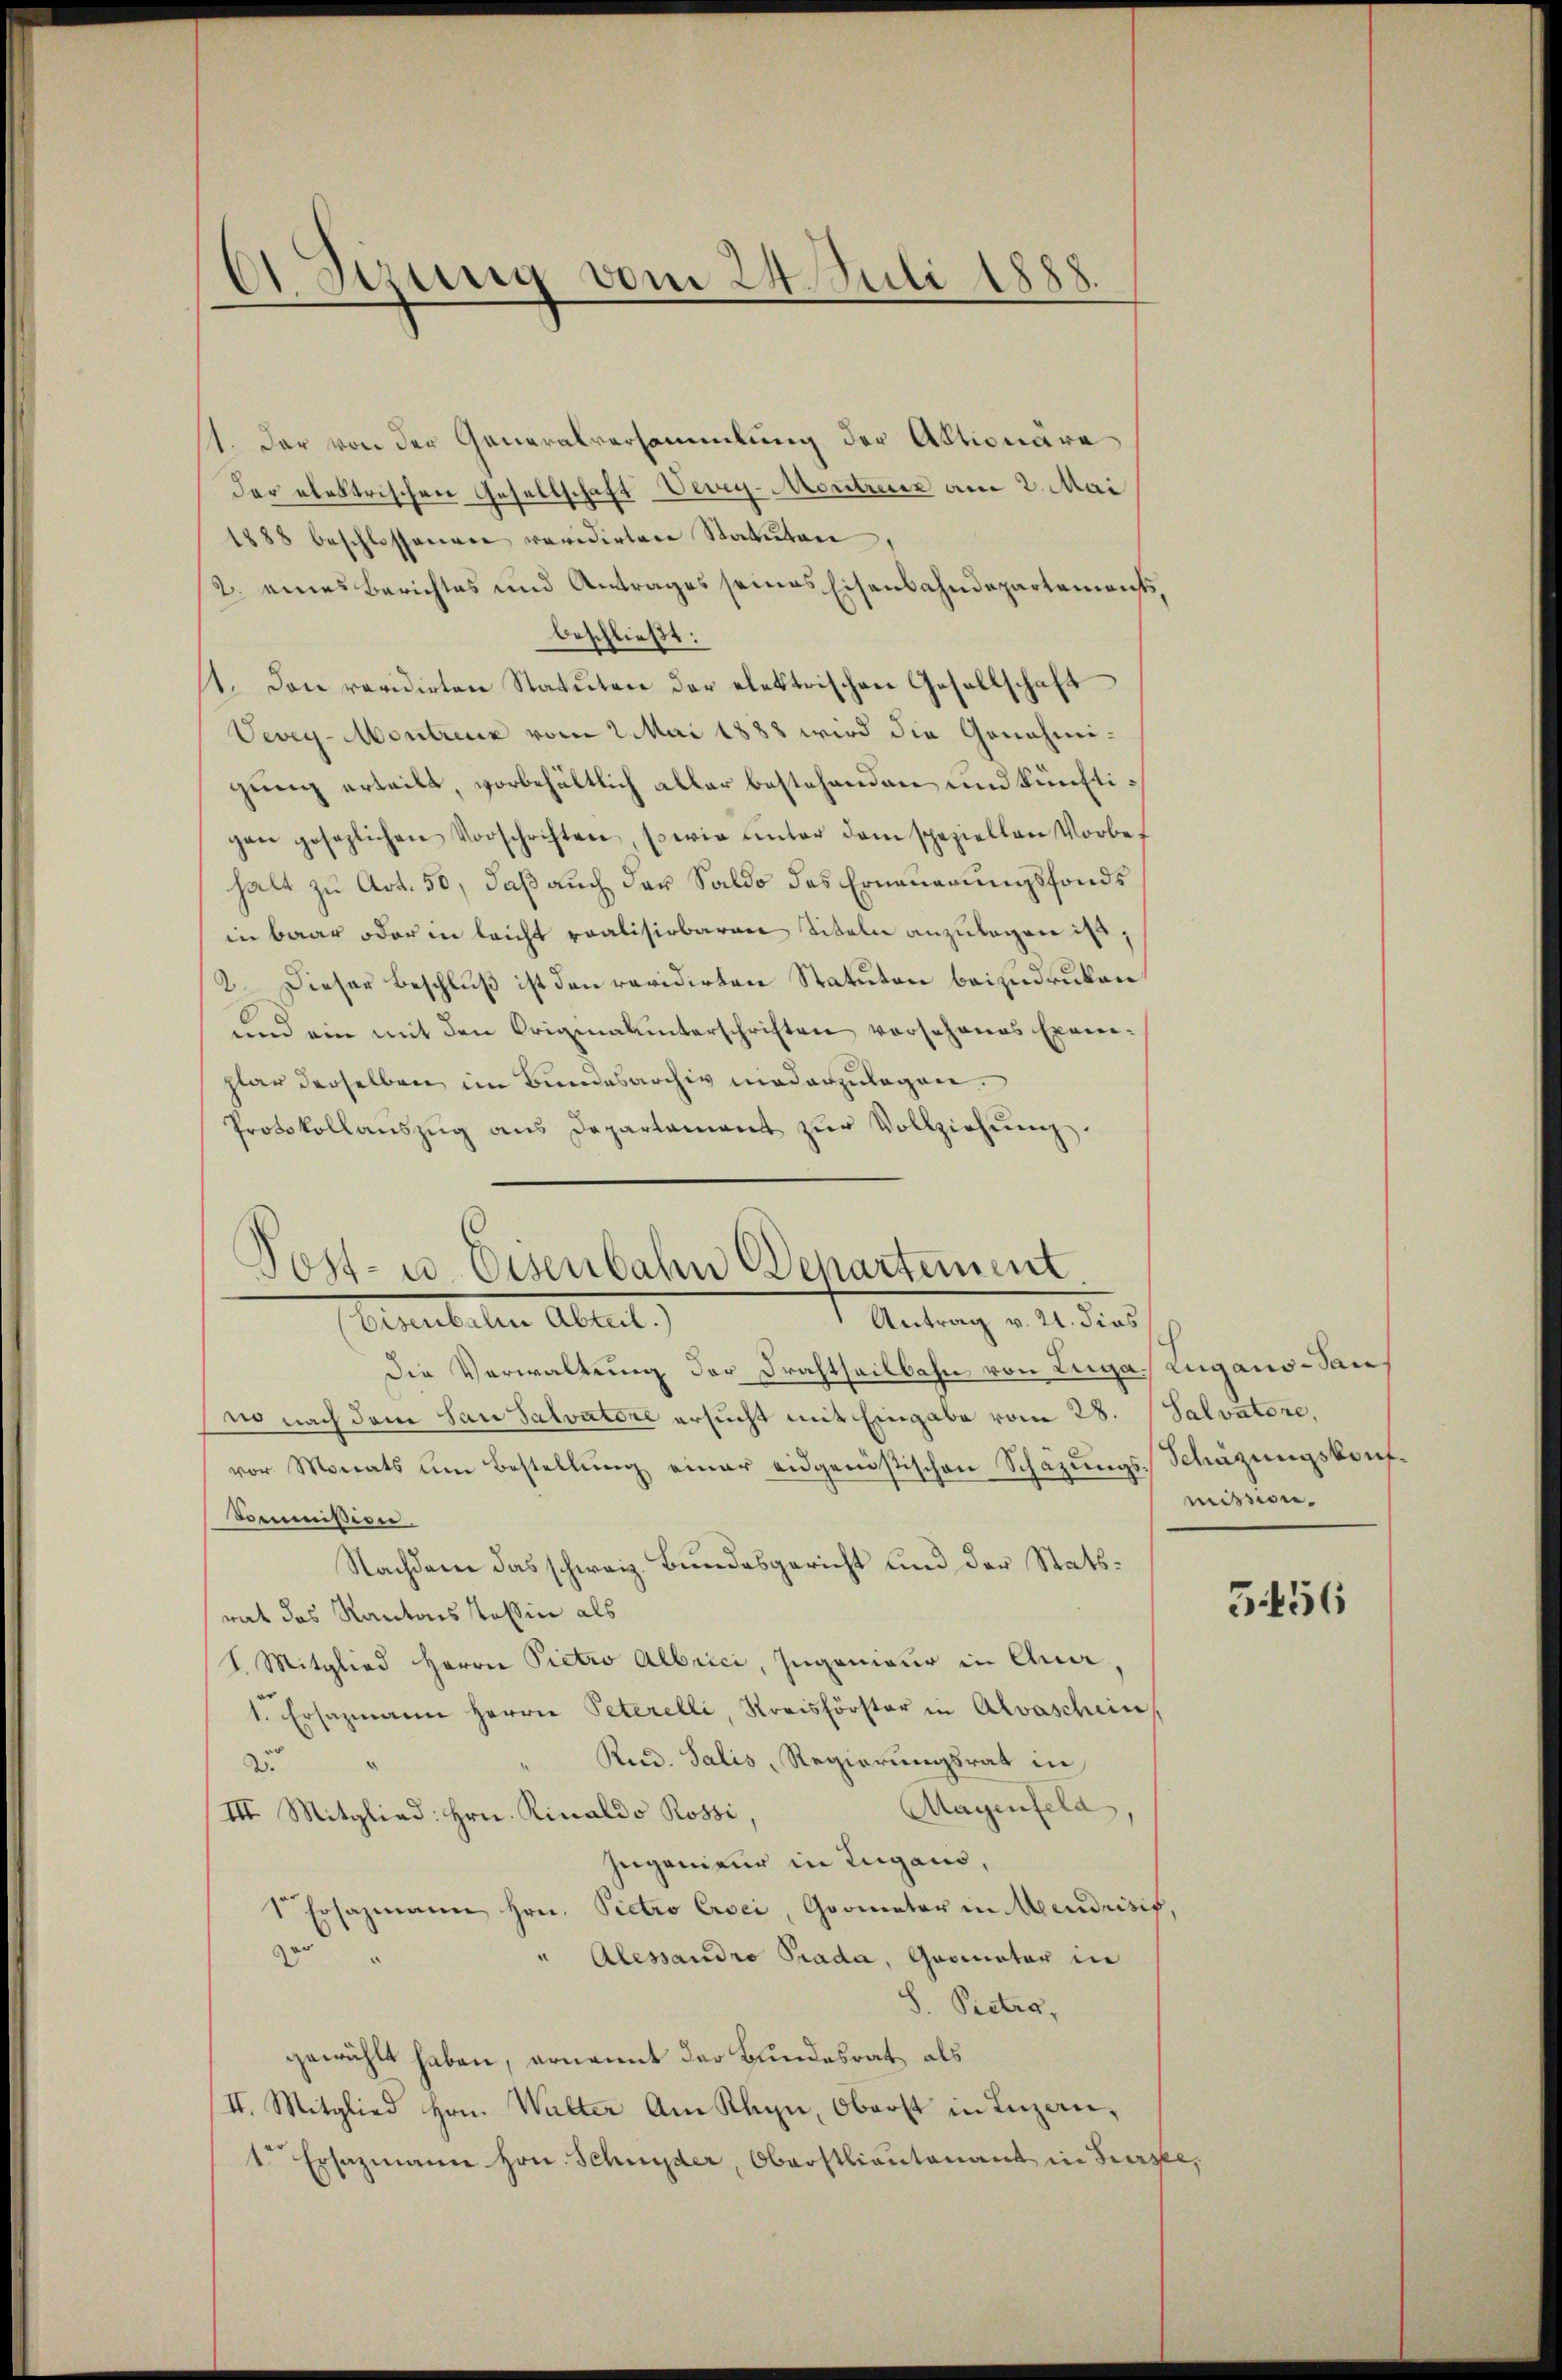
A Sitzung vom 24. Juli 1888

1. Der von der Generalversammlung der Aktionäre
der elektrischen Gesellschaft Vevey-Moritzenz am 2. Mai
1888 beschlossenen revidirten Statuten,
2. eines Berichtes und Antrages seines Eisenbahndepartements,
beschließt:
11. Den revidirten Statuten der elektrischen Gesellschaft
Vevey-Montreux vom 2. Mai 1888 wird die Genehmigung erteilt, vorbehältlich aller bestehenden und künftigen gesezlichen Vorschriften, sowie ŭnter dem speziellen Vorbes
halt zu Art. 50, daß auch der Saldo des Erneuerungsfonds
in baar oder in leicht realisirbaren Titeln anzulagen ist,
2. Dieser Beschluß ist den revidirten Statuten beizudruken
um ein mit den Originalunterschriften vorschones Exemplar derselben im Bundesarchiv niederzulegen.
Protokollaŭszŭg ans Departament zŭr Vollziehŭng.
die Verwaltung der Drahtheilbahn von Luga, Zugano-Sauf
no nach dem Lausalvatore ersucht mit Eingabe vom 28.
vor Monats um Bestellung einer eidgenössischen Schazungs-Schüzungskonf¬
Commission.
Nachdem das schweiz. Bundesgericht und der Statsrat das Kantons Teßin als
I. Mitglied Herrn Pietro Albrici, Ingenieur in Qua
1. Ersazmann Herrn Peterelli, Kreisförster in Alvaschein
Reid. Salis, Regierungsrat in
Du
Magenfeld,
III. Mitglied: Hrn. Rinaldo Rossi
Jugenieur in Lugano,
1 Ersazmann Hrn. Pietro Crei, Goomater in Mendrisif
" Alessandro Prada, Gromater in
zur
S. Pietra,
gewählt haben, ernannt der Bundesrat, als
II. Mitglied Hrn. Walter Am Klein, Oberst in Inzan¬
1 Ersazmann Hrn. Schnyder, Oberstlieutenant in Best

Post- u. Eisenbahn Behartement
Antrag v. 21. dies
Gemuteten Alter.)

Salvatore,
mission.

5456